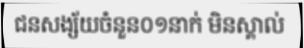
ជនសង្ស័យចំនួន០១នាក់ មិនស្គាល់